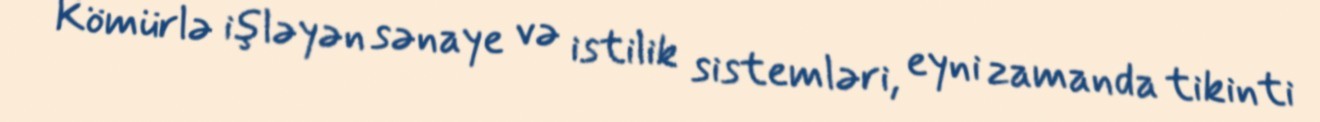
Kömürlə işləyən sənaye və istilik sistemləri, eyni zamanda tikinti